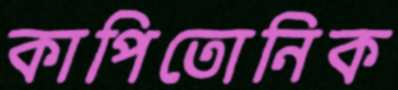
কাপিতোনিক